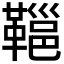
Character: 𩌋